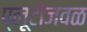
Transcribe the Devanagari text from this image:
प्लूटोजवळ